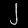
Digit: ၂